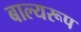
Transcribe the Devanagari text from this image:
बाल्यरूप